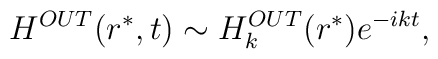
H^{OUT}(r^*,t) \sim H^{OUT}_k(r^*) e^{-i k t},